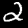
Digit: 2